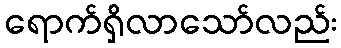
ရောက်ရှိလာသော်လည်း